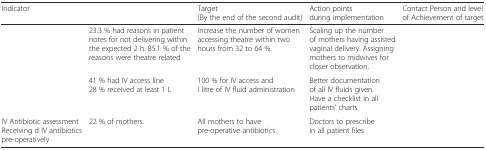
<table><thead><tr><td><b>Indicator</b></td><td>[EMPTY_CELL]</td><td><b>Target (By the end of the second audit)</b></td><td><b>Action points during implementation</b></td><td><b>Contact Person and level of Achievement of target</b></td></tr></thead><tbody><tr><td>[EMPTY_CELL]</td><td>23.3 % had reasons in patient notes for not delivering within the expected 2 h. 85.1 % of the reasons were theatre related</td><td>Increase the number of women accessing theatre within two hours from 32 to 64 %.</td><td>Scaling up the number of mothers having assisted vaginal delivery. Assigning mothers to midwives for closer observation.</td><td>[EMPTY_CELL]</td></tr><tr><td>[EMPTY_CELL]</td><td>41 % had IV access line 28 % received at least 1 L</td><td>100 % for IV access and I litre of IV fluid administration</td><td>Better documentation of all IV fluids given. Have a checklist in all patients’ charts</td><td>[EMPTY_CELL]</td></tr><tr><td>IV Antibiotic assessment Receiving d IV antibiotics pre-operatively</td><td>22 % of mothers.</td><td>All mothers to have pre-operative antibiotics</td><td>Doctors to prescribe in all patient files</td><td>[EMPTY_CELL]</td></tr></tbody></table>